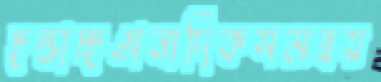
ছল্‌কাচ্ছঅন্যদিকসমন্বয়